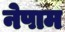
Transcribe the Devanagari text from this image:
नेपाम